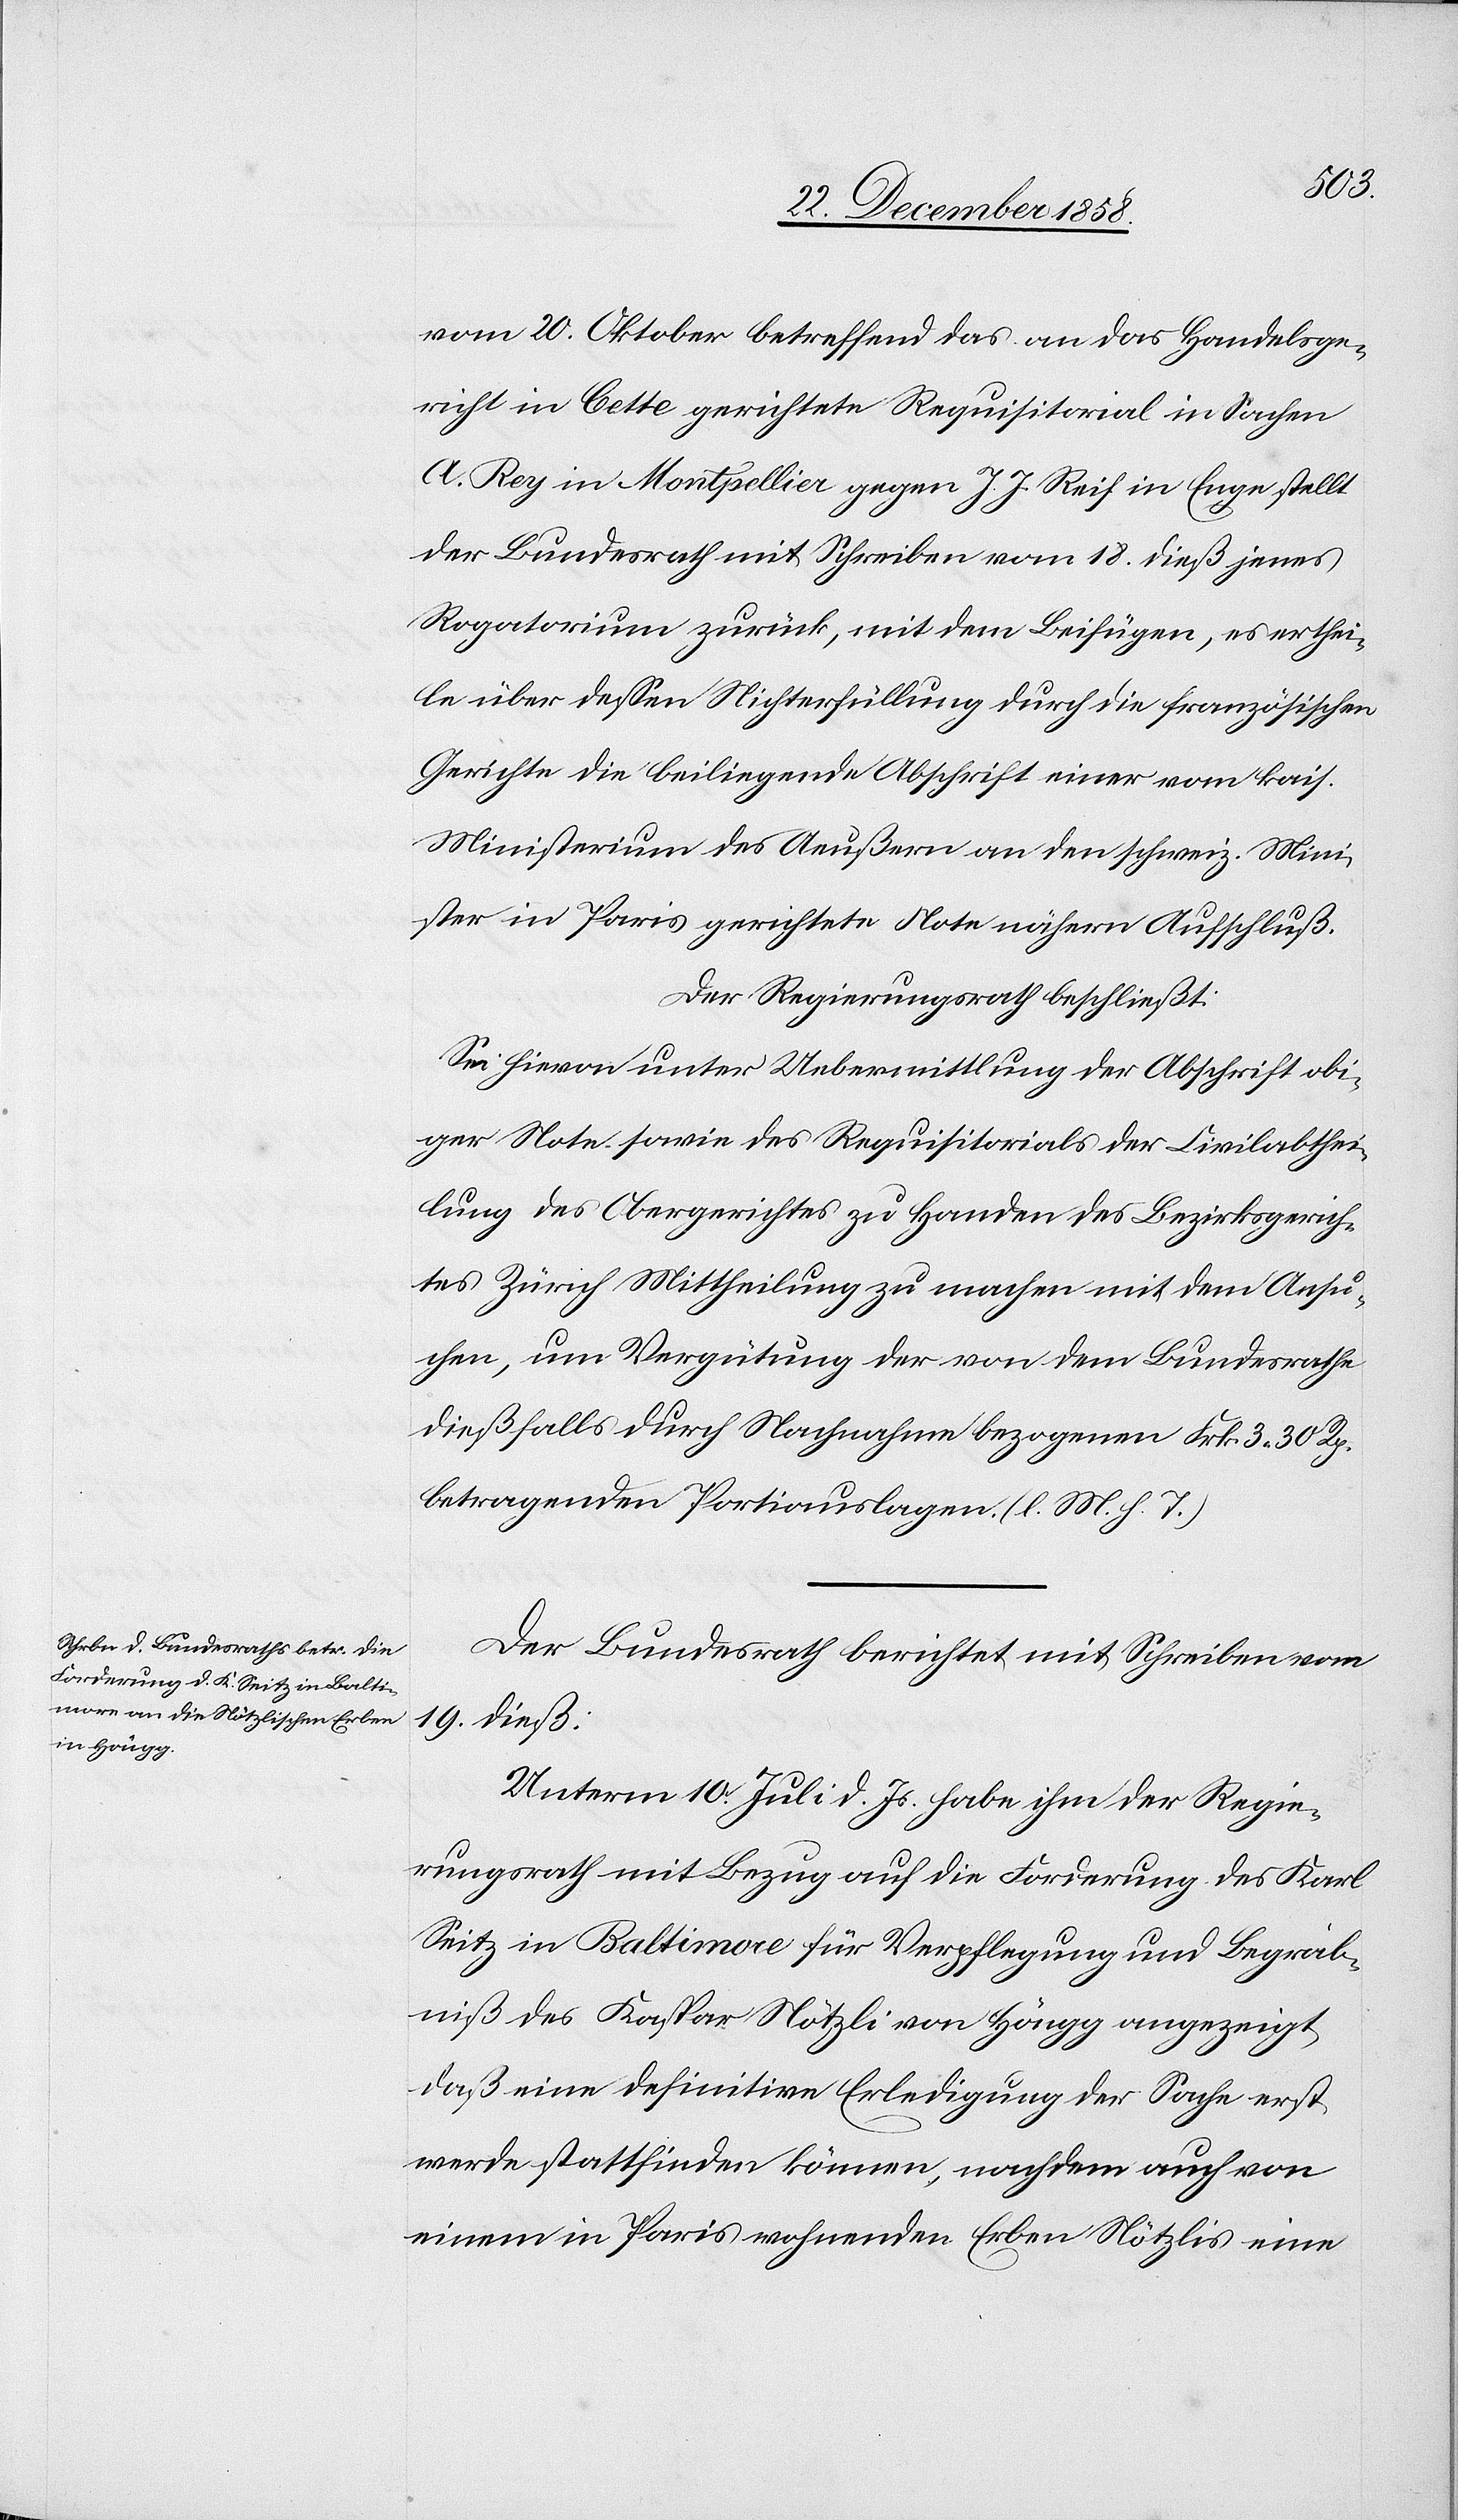
vom 20. Oktober betreffend das an das Handelsge¬
richt in Cette gerichtete Requisitorial in Sachen
A. Rey in Montpellier gegen J. J. Reif in Enge stellt
der Bundesrath mit Schreiben vom 18. dieß jenes
Rogatorium zurück, mit dem Beifügen, es erthei¬
le über dessen Nichterfüllung durch die französischen
Gerichte die beiliegende Abschrift einer vom kais.
Ministerium des Aeußern an den schweiz. Mini¬
ster in Paris gerichtete Note nähern Aufschluß.
Der Regierungsrath beschließt:
Sei hievon unter Uebermittlung der Abschrift obi¬
ger Note sowie des Requisitorials der Civilabthei¬
lung des Obergerichtes zu Handen des Bezirksgerich¬
tes Zürich Mittheilung zu machen mit dem Ansu¬
chen, um Vergütung der von dem Bundesrathe
dießfalls durch Nachnahme bezogenen Frk. 3 30 Rp.
betragenden Portiauslagen. (l. M. h. T.)
Der Bundesrath berichtet mit Schreiben vom
19. dieß:
Unterm 10. Juli d. Js. habe ihm der Regie¬
rungsrath mit Bezug auf die Forderung des Karl
Seitz in Baltimore für Verpflegung und Begräb¬
niß des Kaspar Nötzli von Höngg angezeigt,
daß eine definitive Erledigung der Sache erst
werde stattfinden können, nachdem auch von
einem in Paris wohnenden Erben Nötzlis eine